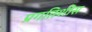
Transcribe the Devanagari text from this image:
प्रगतिशीस